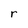
Character: r